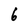
Character: 6